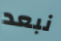
نبعد